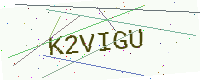
Text: K2VIGU